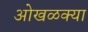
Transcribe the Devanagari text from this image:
ओखळक्या